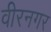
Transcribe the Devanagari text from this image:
वीरनगर